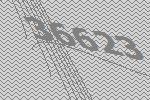
36623